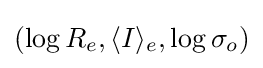
\left(\log R_{e},\langle I\rangle _{e},\log \sigma _{o}\right)